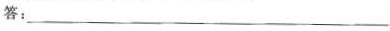
答：________